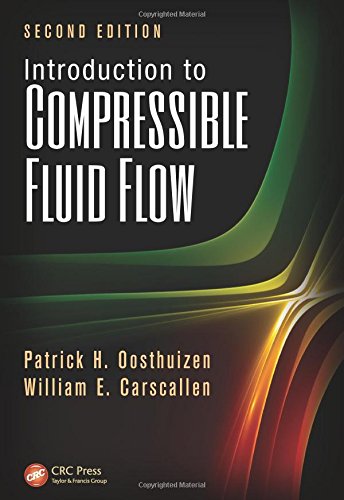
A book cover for Introduction to Compressible Fluid Flow, Second Edition (Heat Transfer); Patrick H. Oosthuizen; Science & Math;